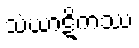
သံဃာဋိကဿ